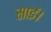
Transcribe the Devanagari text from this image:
साई।